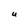
Character: U